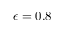
\epsilon = 0 . 8